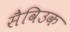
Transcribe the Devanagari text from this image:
सैविउक